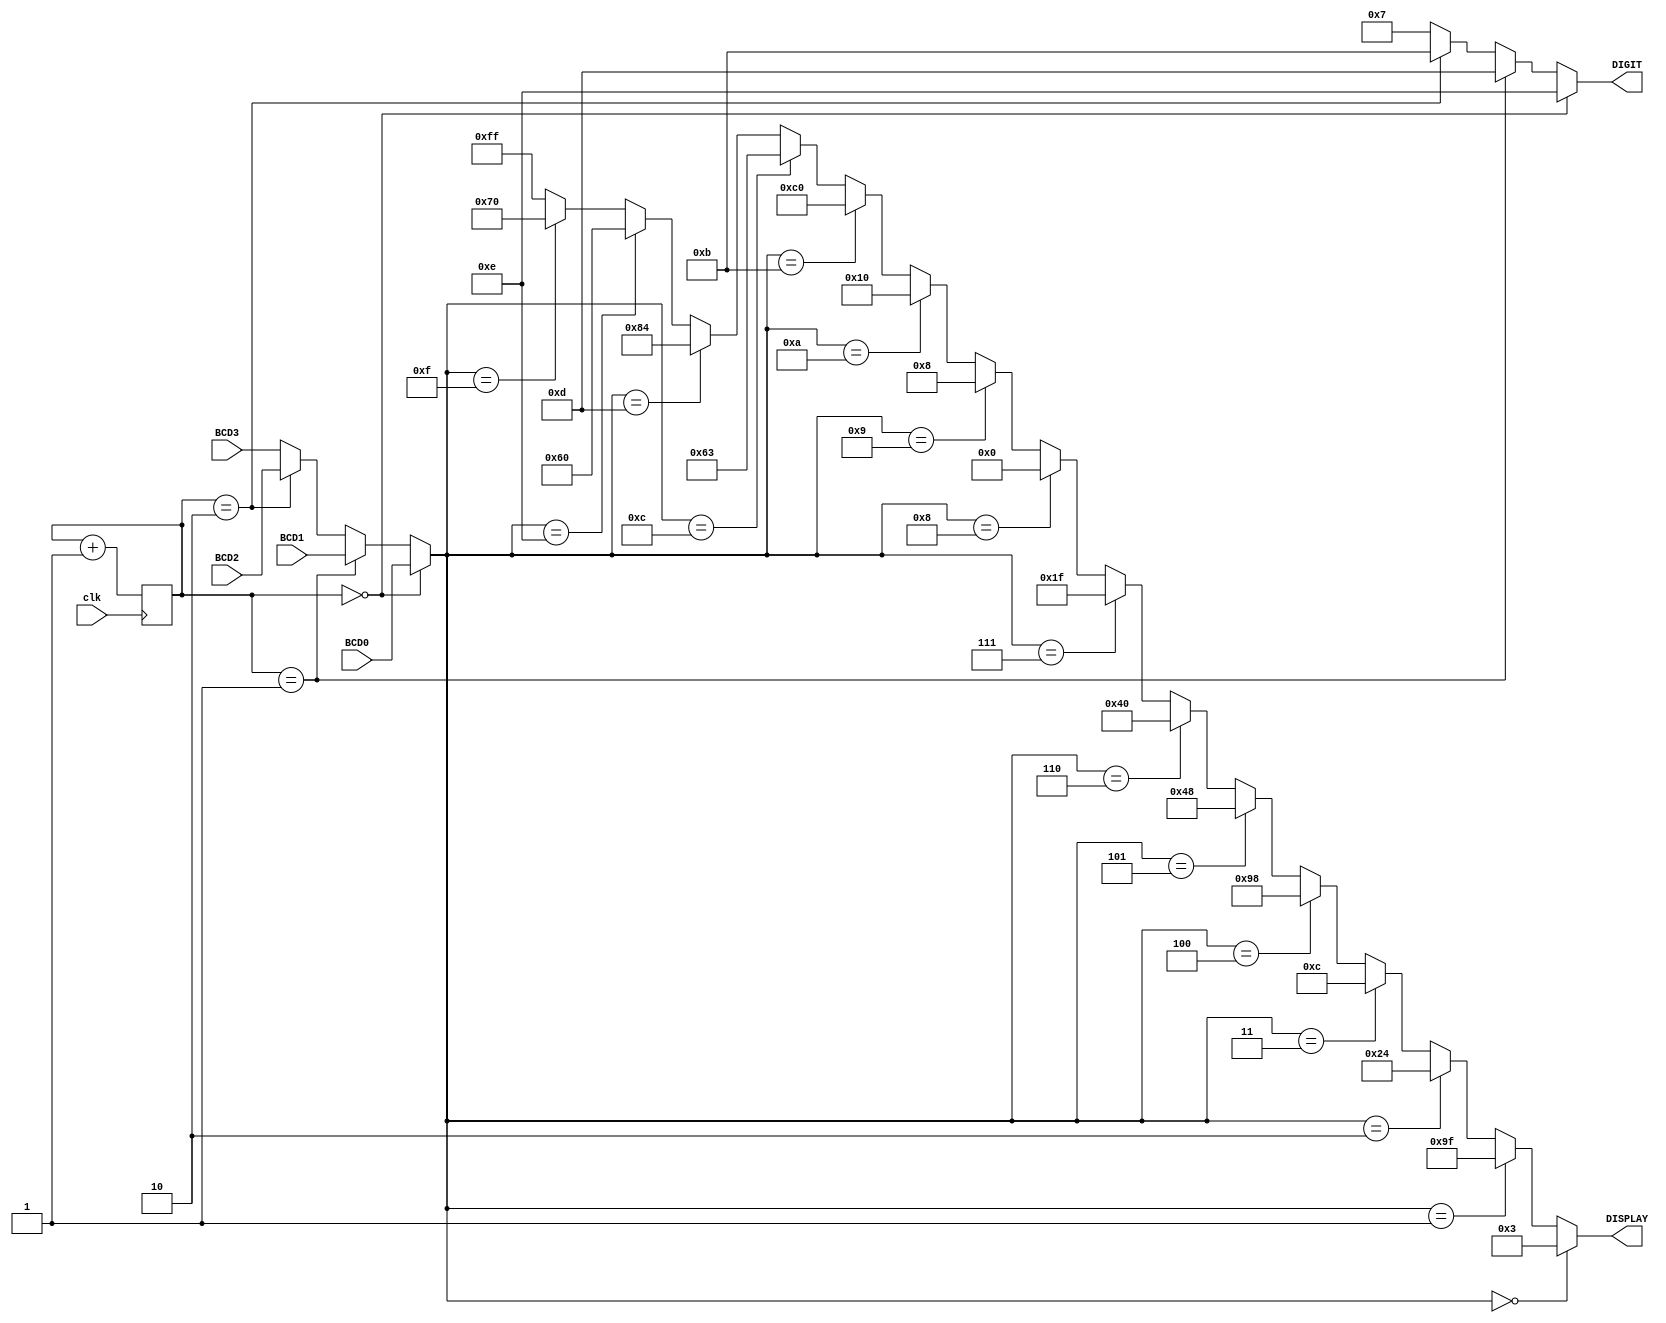
module LED7SEG(DIGIT, DISPLAY, BCD3, BCD2, BCD1, BCD0, clk);

	input clk;
	input [3:0] BCD1, BCD0, BCD3, BCD2;

	output[3:0] DIGIT;
	output[7:0] DISPLAY;

	reg[1:0] num;
	wire[1:0] next_num;
	wire[3:0] value;

	always@(posedge clk)
		num <= next_num;
	
	
	assign next_num = num + 2'd1;

	assign value = (num==2'd0) ? BCD0 :
						(num==2'd1) ? BCD1 :
						(num==2'd2) ? BCD2 : BCD3 ;

	assign DIGIT = (num==2'd0) ? 4'b1110 :
						(num==2'd1) ? 4'b1101 :
						(num==2'd2) ? 4'b1011 : 4'b0111 ;

	assign DISPLAY = (value==4'h0) ? 8'b0000_0011 :
							(value==4'h1) ? 8'b1001_1111 :
							(value==4'h2) ? 8'b0010_0100 :
							(value==4'h3) ? 8'b0000_1100 :
							(value==4'h4) ? 8'b1001_1000 :
							(value==4'h5) ? 8'b0100_1000 :
							(value==4'h6) ? 8'b0100_0000 :
							(value==4'h7) ? 8'b0001_1111 :
							(value==4'h8) ? 8'b0000_0000 :
							(value==4'h9) ? 8'b0000_1000 : 
							(value==4'hA) ? 8'b0001_0000 : 
							(value==4'hB) ? 8'b1100_0000 : 
							(value==4'hC) ? 8'b0110_0011 : 
							(value==4'hD) ? 8'b1000_0100 : 
							(value==4'hE) ? 8'b0110_0000 : 
							(value==4'hF) ? 8'b0111_0000 : 8'hFF ;
endmodule